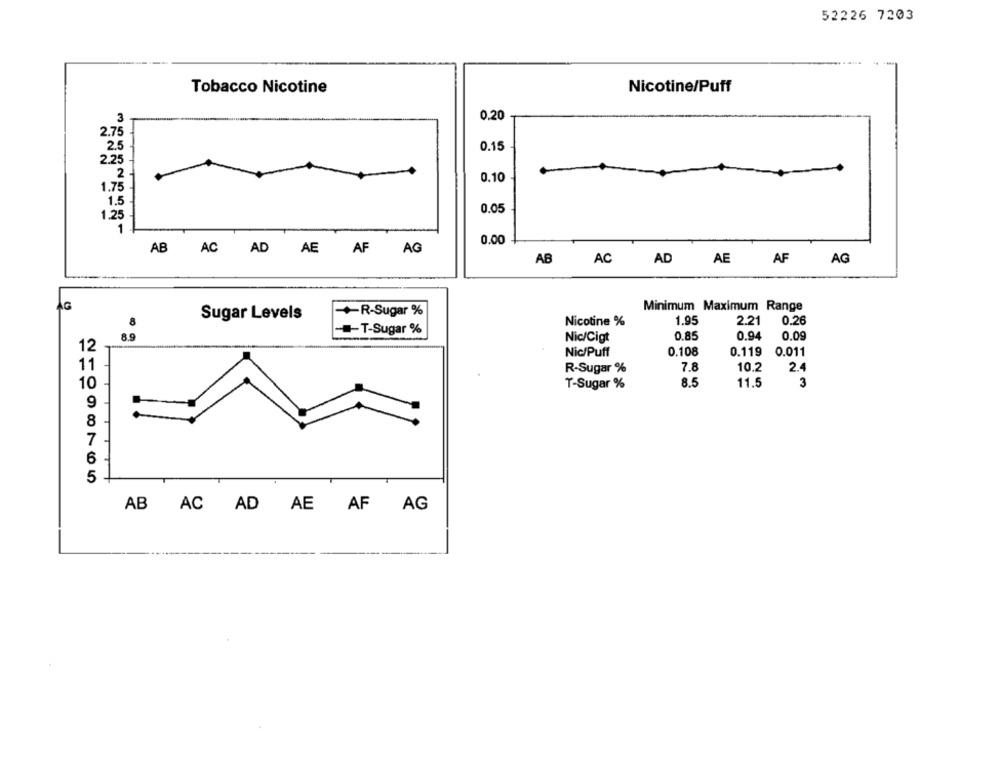
52226 7203
..
Tobacco Nicotine
Nicotine/Puff
0.20
2.75
2.5
0.15
2.25
2
0.10
1.75
1.
0.05
1.25
1
0.00
AB AC AD AE AF AG
AB
AD
AG
AC
AE
AF
AG
+R-Sugar %
Minimum Maximum Range
Sugar Levels
1.95
0.26
8
Nicotine %
2.21
8.9
-- T-Sugar %
0.85
0.94
Nic/Cigt
0.09
12
0.108
Nic/Puff
0.119
0.011
11
R-Sugar %
7.8
10.2
2.4
10
T-Sugar %
8.5
11.5
3
9
AB AC AD AE AF AG